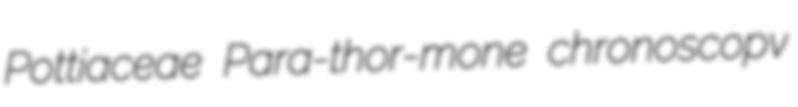
Pottiaceae Para-thor-mone chronoscopv